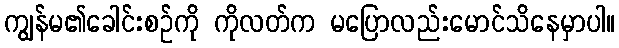
ကျွန်မ၏ခေါင်းစဉ်ကို ကိုလတ်က မပြောလည်းမောင်သိနေမှာပါ။